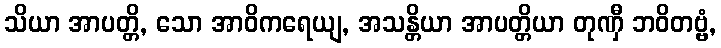
သိယာ အာပတ္တိ, သော အာဝိကရေယျ, အသန္တိယာ အာပတ္တိယာ တုဏှီ ဘဝိတဗ္ဗံ,